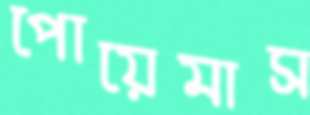
পোয়েমাস